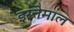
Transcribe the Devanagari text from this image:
इस्त्तेमाल